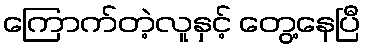
ကြောက်တဲ့လူနှင့် တွေ့နေပြီ